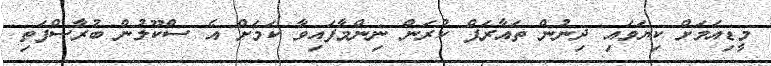
މީޑިއަމަށް ކިޔަވައި ދިނުން ތައާރަފް ކުރަން ނިންމާފައިވާ ކަމަށް އެ ސްކޫލުން ބުރާސްފަތި